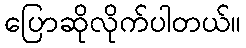
ပြောဆိုလိုက်ပါတယ်။